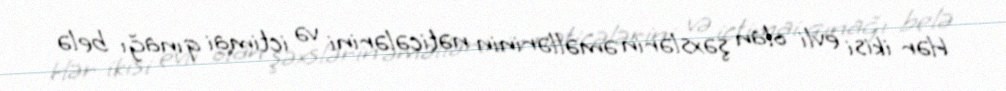
Hər ikisi evli olan şəxslərin əməllərinin nəticələrini və ictimai qınağı belə